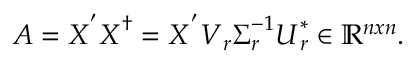
\boldsymbol { A } = \boldsymbol { X } ^ { ' } \boldsymbol { X } ^ { \dag } = \boldsymbol { X } ^ { ' } \boldsymbol { V } _ { r } \boldsymbol { \Sigma } _ { r } ^ { - 1 } \boldsymbol { U } _ { r } ^ { * } \in \mathbb { R } ^ { n x n } .